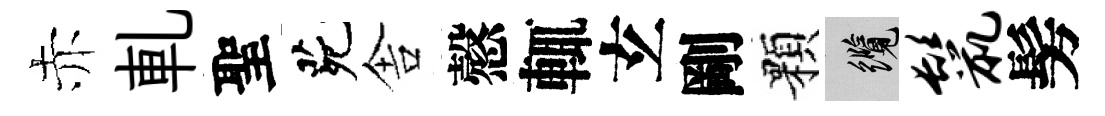
赤軋聖茕舎慤輒𤣥剛顆纜鬣髣